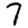
Digit: 7